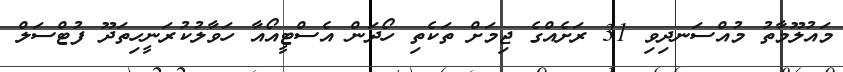
މައުލޫމާތު މުއްސަނދިވި 31 ރަށެއްގެ ޖިމަށް ތަކެތި ހޯދަން އެސްޓީއޯއާ ހަވާލުކުރަނީހިތަދޫ ފުޓްސަލް